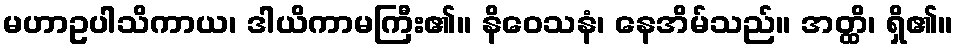
မဟာဥပါသိကာယ၊ ဒါယိကာမကြီး၏။ နိဝေသနံ၊ နေအိမ်သည်။ အတ္ထိ၊ ရှိ၏။